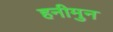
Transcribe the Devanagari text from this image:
हनीमुन